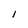
Character: l